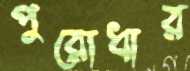
পুরোধার